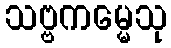
သဗ္ဗကမ္မေသု